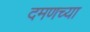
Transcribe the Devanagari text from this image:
दमणच्या